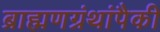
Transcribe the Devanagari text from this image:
ब्राह्मणग्रंथांपैकी